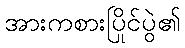
အားကစားပြိုင်ပွဲ၏